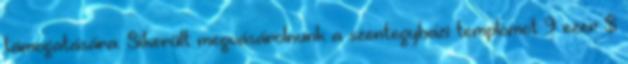
támogatására. Sikerült megvásárolnunk a szentegyházi templomot 9 ezer $